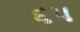
૬પ